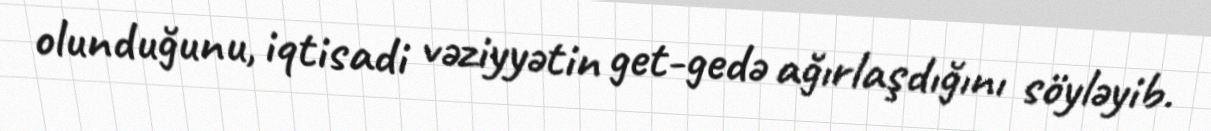
olunduğunu, iqtisadi vəziyyətin get-gedə ağırlaşdığını söyləyib.